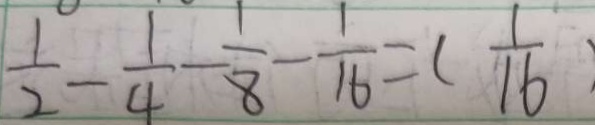
\frac { 1 } { 2 } - \frac { 1 } { 4 } - \frac { 1 } { 8 } - \frac { 1 } { 1 6 } = ( \frac { 1 } { 1 6 } )